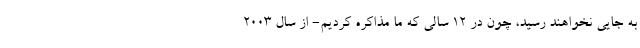
به جایی نخواهند رسید، چون در ۱۲ سالی که ما مذاکره کردیم- از سال ۲۰۰۳